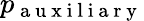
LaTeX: p_{\mathrm{~a~u~x~i~l~i~a~r~y~}}